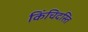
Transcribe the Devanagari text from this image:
किंचिदस्ति